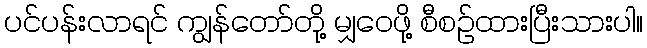
ပင်ပန်းလာရင် ကျွန်တော်တို့ မျှဝေဖို့ စီစဉ်ထားပြီးသားပါ။